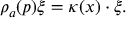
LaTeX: \rho _ { a } ( p ) \xi = \kappa ( x ) \cdot \xi .